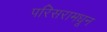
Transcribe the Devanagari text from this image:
परिसरामधून